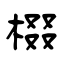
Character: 棳